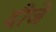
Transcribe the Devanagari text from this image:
दीजे